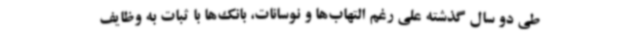
طی دو سال گذشته علی رغم التهاب‌ها و نوسانات، بانک‌ها با ثبات به وظایف